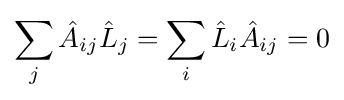
\sum _{j}{\hat {A}}_{ij}{\hat {L}}_{j}=\sum _{i}{\hat {L}}_{i}{\hat {A}}_{ij}=0